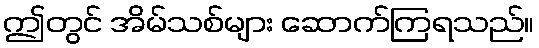
ဤတွင် အိမ်သစ်များ ဆောက်ကြရသည်။